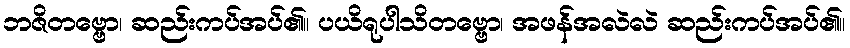
ဘဇိတဗ္ဗော၊ ဆည်းကပ်အပ်၏။ ပယိရုပါသိတဗ္ဗော၊ အဖန်အလဲလဲ ဆည်းကပ်အပ်၏။